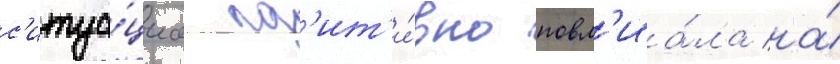
с'итуа́циа поз'ит'и́вно повл'иа́ла на́